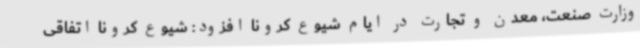
وزارت صنعت، معدن و تجارت در ایام شیوع کرونا افزود: شیوع کرونا اتفاقی